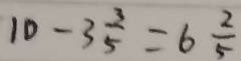
1 0 - 3 \frac { 3 } { 5 } = 6 \frac { 2 } { 5 }